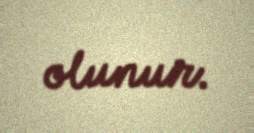
olunur.